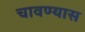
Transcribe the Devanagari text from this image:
चावण्यास